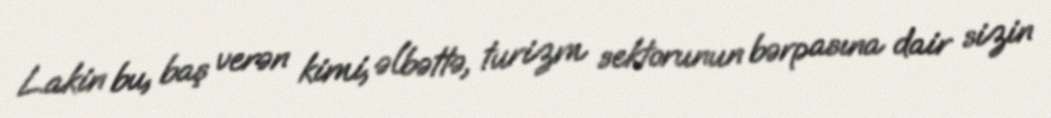
Lakin bu, baş verən kimi, əlbəttə, turizm sektorunun bərpasına dair sizin